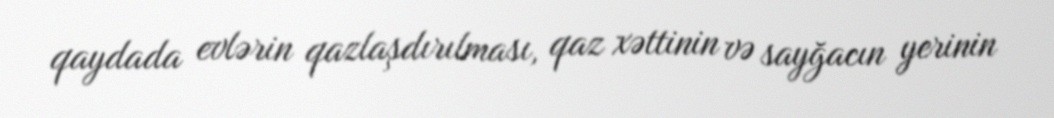
qaydada evlərin qazlaşdırılması, qaz xəttinin və sayğacın yerinin